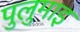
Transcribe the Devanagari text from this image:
पुलुमाइ